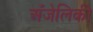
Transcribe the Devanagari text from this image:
अँजेलिकी